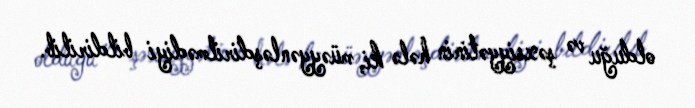
olduğu və şəxsiyyətinin hələ ki, müəyyənləşdirilmədiyi bildirilib.